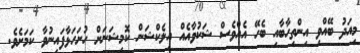
މިއަދު ބޭއްވި އިންތިހާބާއި ބެހޭ އެއްވެސް ޝަކުވާއެއް އިލެކްޝަން ކޮމިޝަނަށް ހުށަހަޅާފައިނުވާ ކަމަށެވެ.